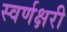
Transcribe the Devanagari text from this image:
स्वर्णक्षरी